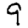
Digit: 9